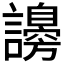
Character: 𧭇